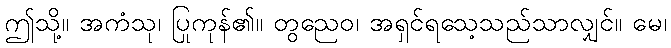
ဤသို့။ အကံသု၊ ပြုကုန်၏။ တွညေဝ၊ အရှင်ရသေ့သည်သာလျှင်။ မေ၊